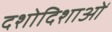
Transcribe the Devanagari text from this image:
दशोदिशाओं